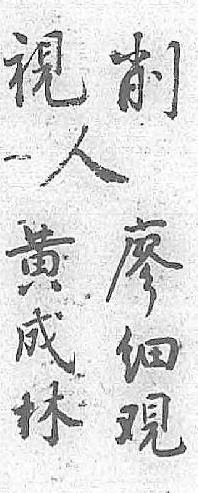
削人廖黄視 细成  覌林